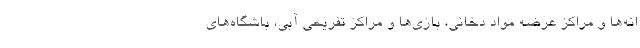
انه‌ها و مراکز عرضه مواد دخانی، بازی‌ها و مراکز تفریحی آبی، باشگاه‌های